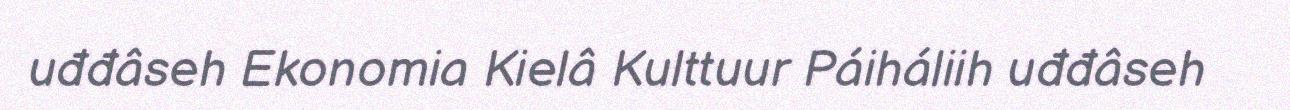
uđđâseh Ekonomia Kielâ Kulttuur Páiháliih uđđâseh